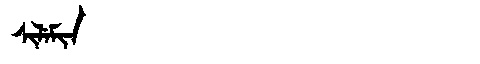
Manchu: ᠰᡳᠯᡝᠮᡳᠨ
Romanization: SILEMIN